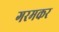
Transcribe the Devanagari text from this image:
गरमकर